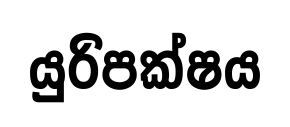
යුරිපක්ෂය